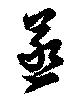
蒸